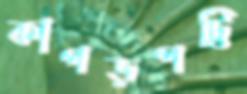
কাপড়পট্টি